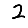
Digit: 2